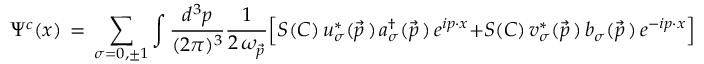
\Psi ^ { c } ( x ) \, = \, \sum _ { \sigma = 0 , \pm 1 } \int { \frac { d ^ { 3 } p } { ( 2 \pi ) ^ { 3 } } } { \frac { 1 } { 2 \, \omega _ { \vec { p } } } } \Big [ S ( C ) \, u _ { \sigma } ^ { \ast } ( \vec { p } \, ) \, a _ { \sigma } ^ { \dagger } ( \vec { p } \, ) \, e ^ { i p \cdot x } + S ( C ) \, v _ { \sigma } ^ { \ast } ( \vec { p } \, ) \, b _ { \sigma } ( \vec { p } \, ) \, e ^ { - i p \cdot x } \Bigr ] \quad .